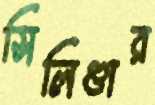
সিলিণ্ডার